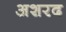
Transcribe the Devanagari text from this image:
अशरद